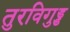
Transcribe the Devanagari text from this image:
तुरविगुड्ड